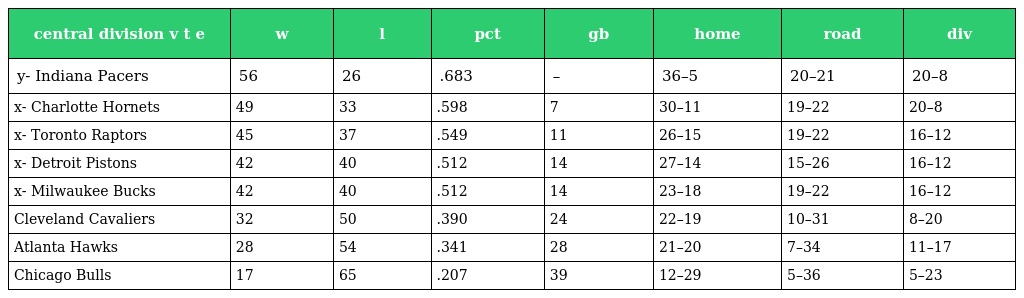
| central division v t e | w | l | pct | gb | home | road | div |
 | --- | --- | --- | --- | --- | --- | --- | --- |
 | y- Indiana Pacers | 56 | 26 | .683 | – | 36–5 | 20–21 | 20–8 |
 | x- Charlotte Hornets | 49 | 33 | .598 | 7 | 30–11 | 19–22 | 20–8 |
 | x- Toronto Raptors | 45 | 37 | .549 | 11 | 26–15 | 19–22 | 16–12 |
 | x- Detroit Pistons | 42 | 40 | .512 | 14 | 27–14 | 15–26 | 16–12 |
 | x- Milwaukee Bucks | 42 | 40 | .512 | 14 | 23–18 | 19–22 | 16–12 |
 | Cleveland Cavaliers | 32 | 50 | .390 | 24 | 22–19 | 10–31 | 8–20 |
 | Atlanta Hawks | 28 | 54 | .341 | 28 | 21–20 | 7–34 | 11–17 |
 | Chicago Bulls | 17 | 65 | .207 | 39 | 12–29 | 5–36 | 5–23 |